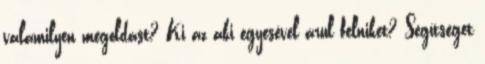
valamilyen megoldást? Ki az aki egyesével árul felniket? Segítséget